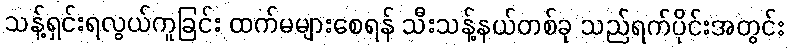
သန့်ရှင်းရလွယ်ကူခြင်း ထက်မများစေရန် သီးသန့်နယ်တစ်ခု သည်ရက်ပိုင်းအတွင်း